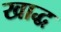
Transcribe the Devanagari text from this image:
खाद्ध